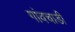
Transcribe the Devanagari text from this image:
गांवचाडी